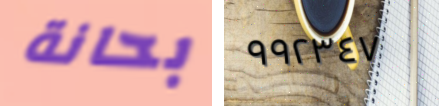
بحانة ٩٩٢٣٤٧